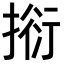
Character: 𢯼